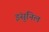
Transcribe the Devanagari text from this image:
इंसुनिल